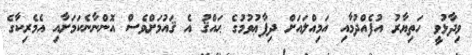
ވިދާޅުވީ ހަތިޔާރު އުފެއްދުމާއި އަމިއްލައަށް ދިފާޢުވުމުގެ ޙައްޤު އެ ޤައުމަށްވެސް އޮންނާނެކަމަށާއި އެމެރިކާގެ